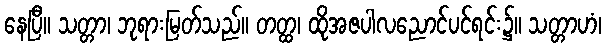
နေပြီ။ သတ္တာ၊ ဘုရားမြတ်သည်။ တတ္ထ၊ ထိုအဇပါလညောင်ပင်ရင်း၌။ သတ္တာဟံ၊